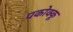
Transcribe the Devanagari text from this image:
पकोक्कू